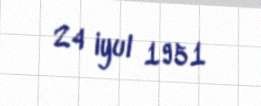
24 iyul 1951